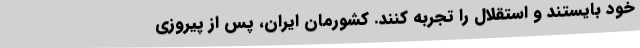
خود بایستند و استقلال را تجربه کنند. کشورمان ایران، پس از پیروزی